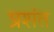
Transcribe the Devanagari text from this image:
प्रशंत